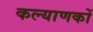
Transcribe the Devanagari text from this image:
कल्याणकों